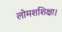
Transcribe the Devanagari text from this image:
लोमशशिक्षा।